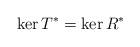
LaTeX: \begin{align*}\ker T^{\ast} = \ker R^{\ast}\end{align*}